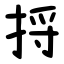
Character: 捋